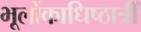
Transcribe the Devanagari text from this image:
भूर्लोकाधिष्ठात्रीं